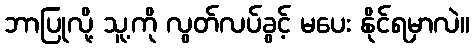
ဘာပြုလို့ သူ့ကို လွတ်လပ်ခွင့် မပေး နိုင်ရမှာလဲ။